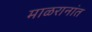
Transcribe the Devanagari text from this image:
माळरानांत